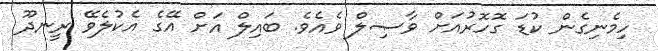
ހިމެނިގެން ކުޑަ ގޮހޮރުއަށް ވާޞިލް ވެއެވެ. ބައިލް އަށް އޭގެ އެކުލެވޭ ރީނދޫ